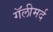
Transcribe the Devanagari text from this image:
गॅलीमर्द